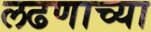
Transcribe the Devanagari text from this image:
लढणाच्या